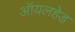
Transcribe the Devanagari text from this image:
ऑयलहेड